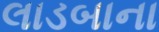
લાડબાના